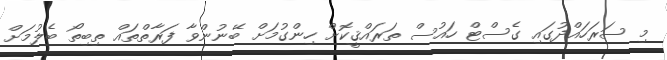
މި ސަރަހައްދުގައި ގެސްޓް ހައުސް ތަރައްޤީކޮށް ހިންގުމަށް ބޭނުންވާ ފަރާތްތައް ތިބިތޯ ބެލުމަށް